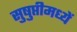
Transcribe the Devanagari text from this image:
सुषुप्तीमध्यें